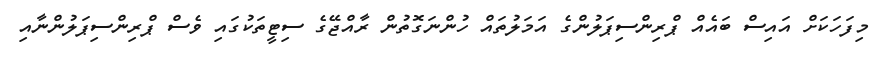
މިފަހަކަށް އައިސް ބައެއް ޕްރިންސިޕަލުންގެ އަމަލުތައް ހުންނަގޮތުން ރާއްޖޭގެ ސިޓީތަކުގައި ވެސް ޕްރިންސިޕަލުންނާއި